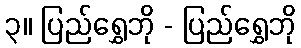
၃။ ပြည်ရွှေဘို - ပြည်ရွှေဘို